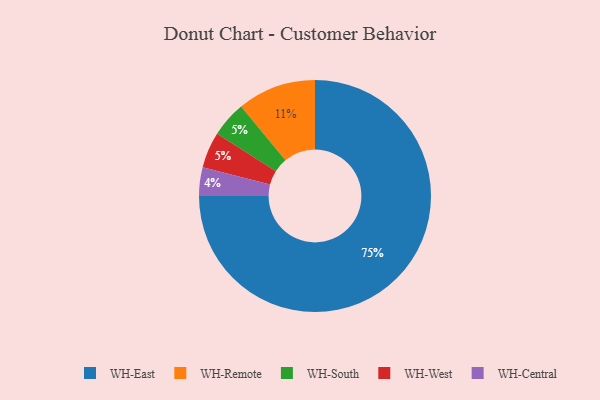
{"axis": {"x": "Category", "y": "Percentage"}, "legend": ["WH-Central", "WH-East", "WH-Remote", "WH-South", "WH-West"], "data": [{"x": "WH-South", "y": 5, "type": "WH-South"}, {"x": "WH-Remote", "y": 11, "type": "WH-Remote"}, {"x": "WH-Central", "y": 4, "type": "WH-Central"}, {"x": "WH-East", "y": 75, "type": "WH-East"}, {"x": "WH-West", "y": 5, "type": "WH-West"}]}